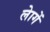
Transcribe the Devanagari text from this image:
लेागें